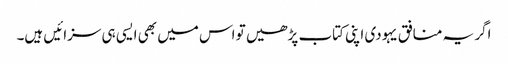
اگر یہ منافق یہودی اپنی کتاب پڑھیں تو اس میں بھی ایسی ہی سزائیں ہیں۔